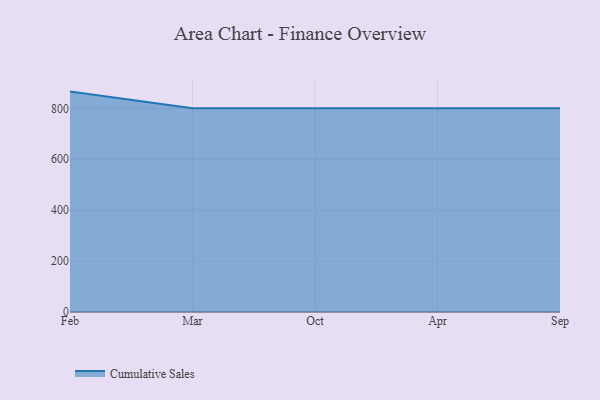
{"axis": {"x": "Month", "y": "Energy Usage (MWh)"}, "legend": ["Cumulative Sales"], "data": [{"x": "Feb", "y": 865.7, "type": "Cumulative Sales"}, {"x": "Mar", "y": 800, "type": "Cumulative Sales"}, {"x": "Oct", "y": 800, "type": "Cumulative Sales"}, {"x": "Apr", "y": 800, "type": "Cumulative Sales"}, {"x": "Sep", "y": 800, "type": "Cumulative Sales"}]}